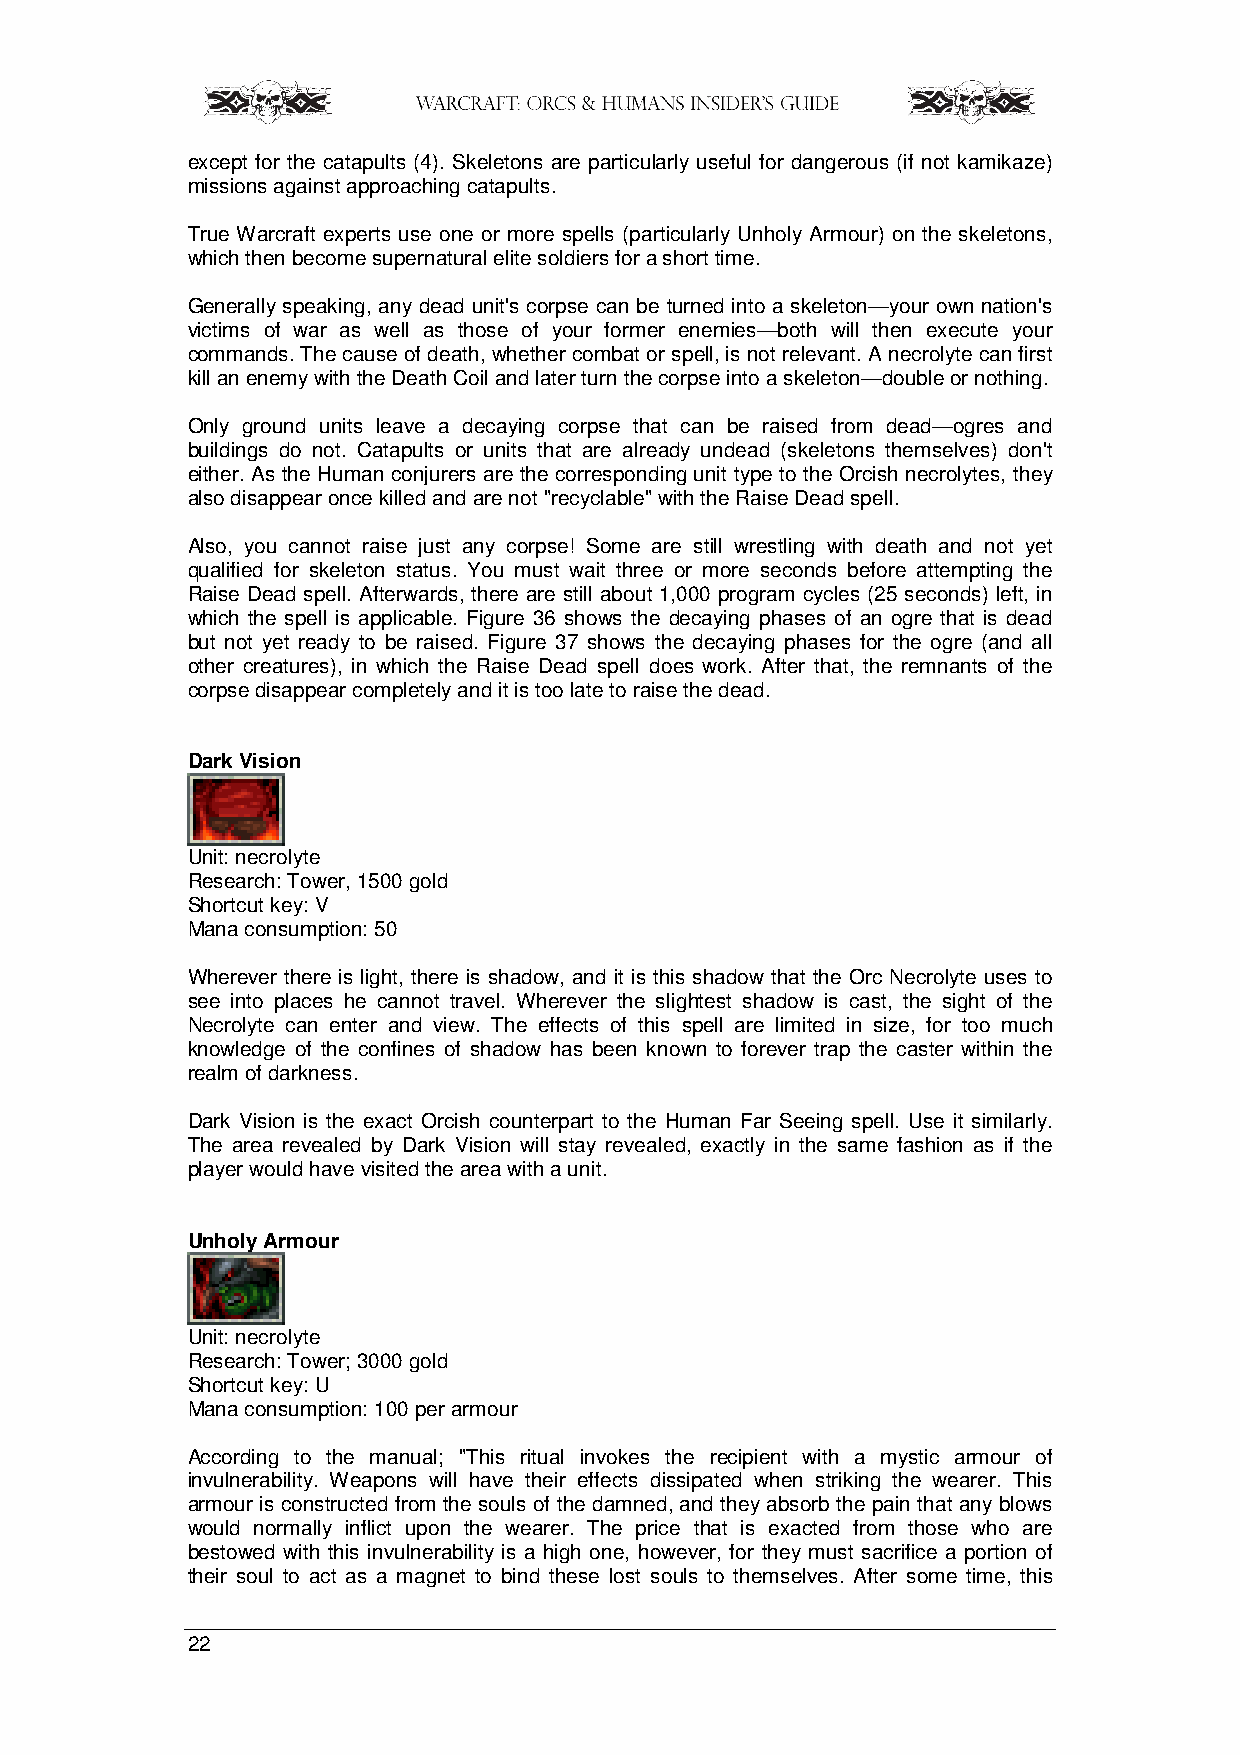
except for the catapults (4). Skeletons are particularly useful for dangerous (if not kamikaze)
 missions against approaching catapults.
 True Warcraft experts use one or more spells (particularly Unholy Armour) on the skeletons,
 which then become supernatural elite soldiers for a short time.
 Generally speaking, any dead unit's corpse can be turned into a skeleton—your own nation's
 victims of war as well as those of your former enemies—both will then execute your
 commands. The cause of death, whether combat or spell, is not relevant. A necrolyte can first
 kill an enemy with the Death Coil and later turn the corpse into a skeleton—double or nothing.
 Only ground units leave a decaying corpse that can be raised from dead—ogres and
 buildings do not. Catapults or units that are already undead (skeletons themselves) don't
 either. As the Human conjurers are the corresponding unit type to the Orcish necrolytes, they
 also disappear once killed and are not "recyclable" with the Raise Dead spell.
 Also, you cannot raise just any corpse! Some are still wrestling with death and not yet
 qualified for skeleton status. You must wait three or more seconds before attempting the
 Raise Dead spell. Afterwards, there are still about 1,000 program cycles (25 seconds) left, in
 which the spell is applicable. Figure 36 shows the decaying phases of an ogre that is dead
 but not yet ready to be raised. Figure 37 shows the decaying phases for the ogre (and all
 other creatures), in which the Raise Dead spell does work. After that, the remnants of the
 corpse disappear completely and it is too late to raise the dead.
 Dark Vision
 Unit: necrolyte
 Research: Tower, 1500 gold
 Shortcut key: V
 Mana consumption: 50
 Wherever there is light, there is shadow, and it is this shadow that the Orc Necrolyte uses to
 see into places he cannot travel. Wherever the slightest shadow is cast, the sight of the
 Necrolyte can enter and view. The effects of this spell are limited in size, for too much
 knowledge of the confines of shadow has been known to forever trap the caster within the
 realm of darkness.
 Dark Vision is the exact Orcish counterpart to the Human Far Seeing spell. Use it similarly.
 The area revealed by Dark Vision will stay revealed, exactly in the same fashion as if the
 player would have visited the area with a unit.
 Unholy Armour
 Unit: necrolyte
 Research: Tower; 3000 gold
 Shortcut key: U
 Mana consumption: 100 per armour
 According to the manual; "This ritual invokes the recipient with a mystic armour of
 invulnerability. Weapons will have their effects dissipated when striking the wearer. This
 armour is constructed from the souls of the damned, and they absorb the pain that any blows
 would normally inflict upon the wearer. The price that is exacted from those who are
 bestowed with this invulnerability is a high one, however, for they must sacrifice a portion of
 their soul to act as a magnet to bind these lost souls to themselves. After some time, this
 22